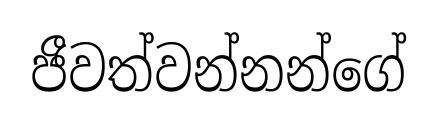
ජීවත්වන්නන්ගේ